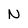
Character: N